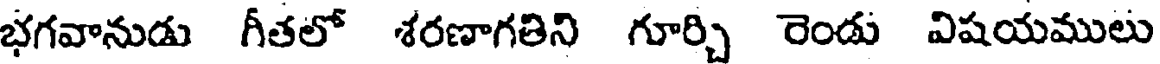
భగవానుడు గీతలో శరణాగతిని గూర్చి రెండు విషయములు